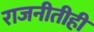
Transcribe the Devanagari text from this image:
राजनीतीही